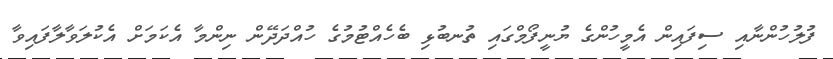
ފުލުހުންނާއި ސިފައިން އެމީހުންގެ ޔުނީފޯމްގައި ތުނބުޅި ބެހެއްޓުމުގެ ހުއްދަދޭން ނިންމާ އެކަމަށް އެކުލަވާލާފައިވާ